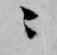
ニ